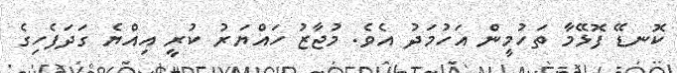
ކޮނޑޭ ފޮޅޭމާ ތަހުމީން އަހުމަދު އެވެ. މުޖާޒު ހައްޔަރު ކުރީ އިއްޔެ ގަދަފެހިގެ